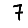
Digit: 7